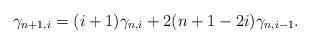
LaTeX: \begin{align*} \gamma_{n+1,i} = (i+1)\gamma_{n,i} + 2(n+1-2i)\gamma_{n,i-1}.\end{align*}